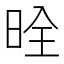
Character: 𪰡